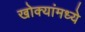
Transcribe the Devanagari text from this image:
खोक्यांमध्ये